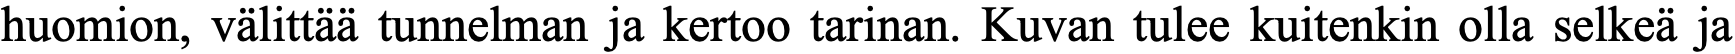
huomion, välittää tunnelman ja kertoo tarinan. Kuvan tulee kuitenkin olla selkeä ja